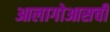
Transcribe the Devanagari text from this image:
आलागोआसची